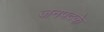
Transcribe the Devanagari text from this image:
जनपदके